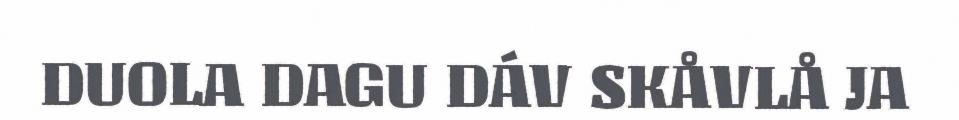
DUOLA DAGU DÁV SKÅVLÅ JA